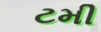
ટમી